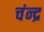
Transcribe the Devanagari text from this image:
चंन्द्र